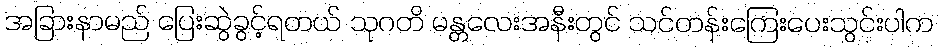
အခြားနာမည် ပြေးဆွဲခွင့်ရတယ် သုဂတိ မန္တလေးအနီးတွင် သင်တန်းကြေးပေးသွင်းပါက